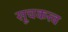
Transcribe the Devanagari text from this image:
सूचकत्व